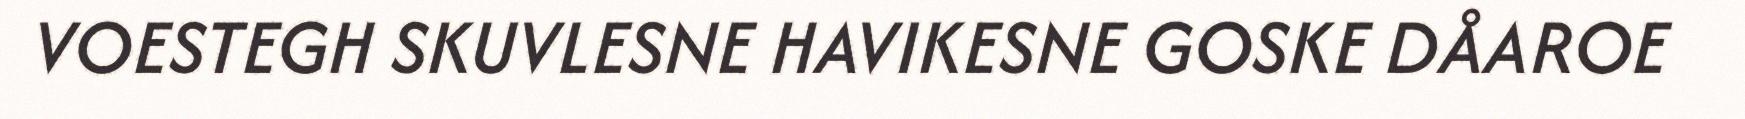
VOESTEGH SKUVLESNE HAVIKESNE GOSKE DÅAROE